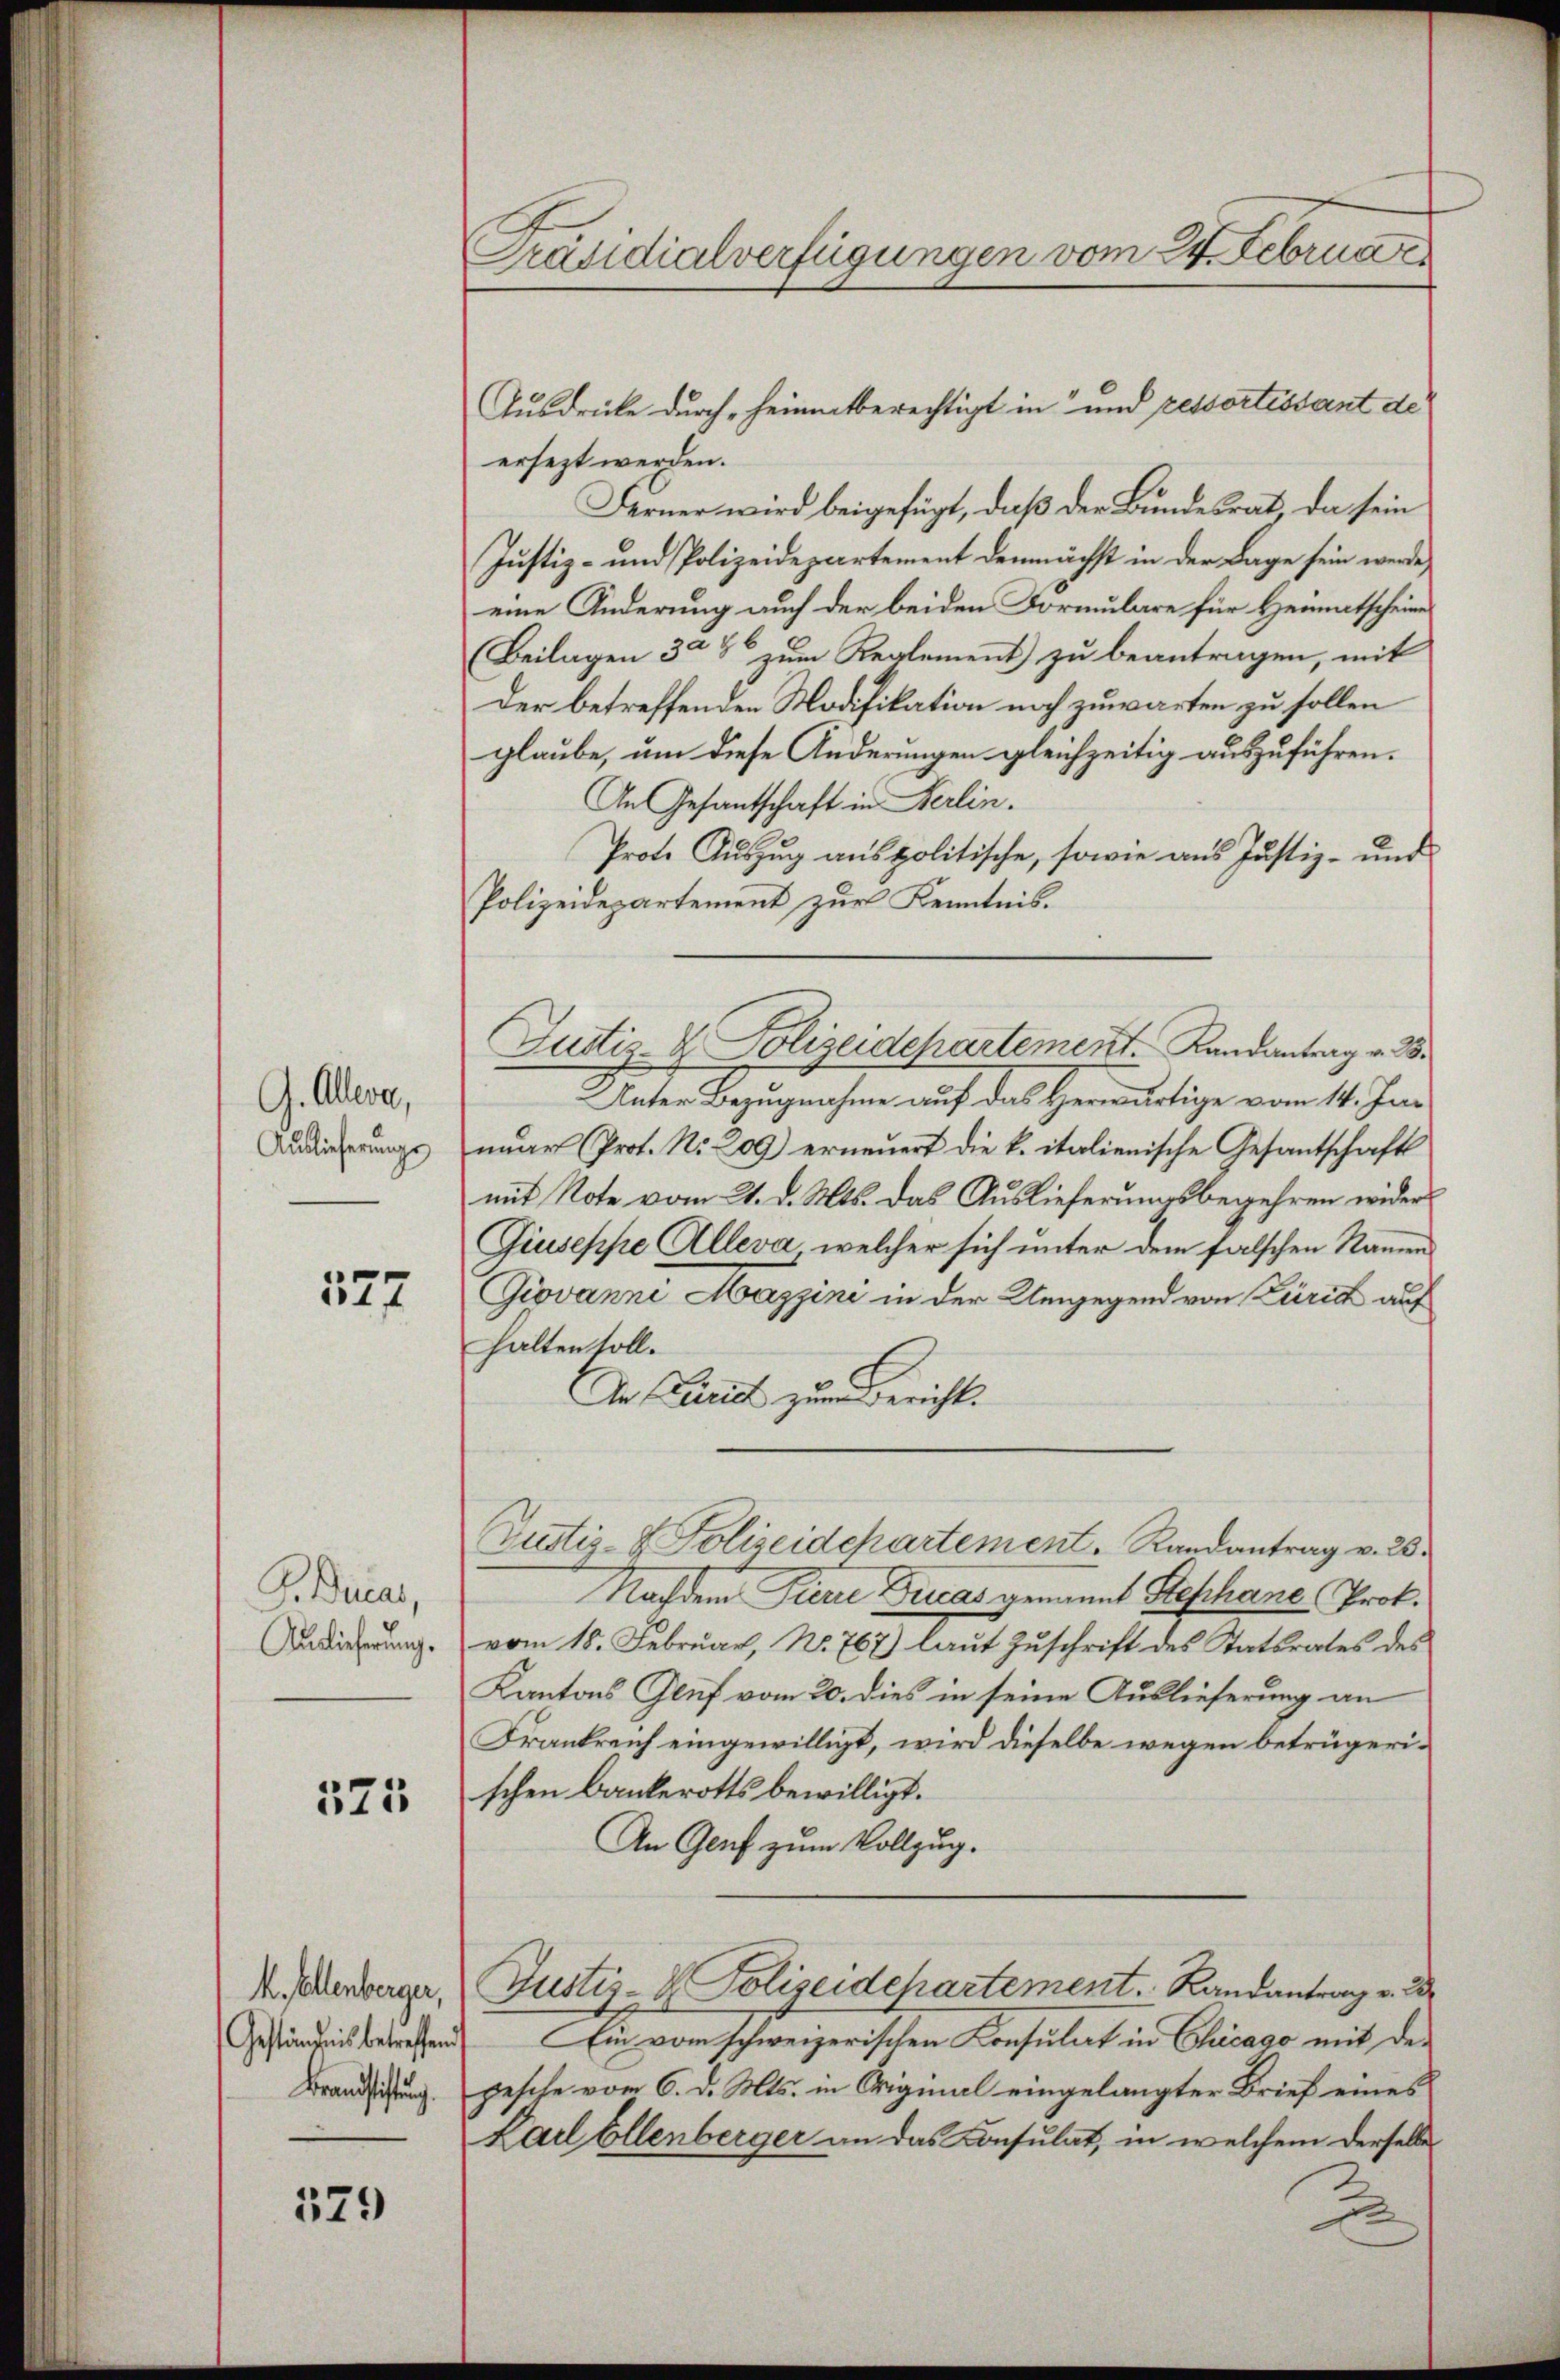
G. Allerer,
Auslieferungs

127

G. Ducar,
Auslieferung.

375

k. Ellenberger,
Geständnis betreffend
Brandstiftung.

329

Präsidialverfügungen vom 24. Februar

Ausdrücke durch heimatberechtigt in und ressortissant de
ersezt werden.
Ferner wird beigefügt, daß der Bundesrat da sein
Justiz- und Polizeidepartement demnächst in der Lage sein werde,
eine Änderung auch der beiden Formulare für Heimatscheine
(Beilagen 30% zum Reglement zu beantragen, mit
Der betreffenden Modifikation noch zuwarten zu sollen
glaube, um diese Änderungen gleichzeitig auszuführen.
An Gesantschaft in Berlin.
Prote Auszug aus politische, sowie aus Justiz- und
Polizeidepartement zur Kenntnis.
Justiz & Polizeidchartement. Landantrag v. 28
Unter Bezugnahme auf das Herwärtige vom 14. Jun
nuar (Prot. No. 209) erneuert die k. italienische Gesantschafts
mit Note vom 21. d. Mts. das Auslieferungsbegehren wider
Giuseppe Alleva, welcher sich unter dem falschen Namen
Giovanni Mazzini in der Umgegend von Zürich auf
halten soll.
An Curiet zum Bericht.
Justiz- & Polizeidchartement. Randantrag v. 23.
Nachdem Pierre Drias genannt Stephane, Prof.
vom 18. Februar, No. 767) laŭt Zŭschrift des Statsrates des
Kantons Gluf vom 20. dies in seine Auslieferung an
Frankreich eingewilligt, wird dieselbe wegen betrügerischen Bankerotts bewilligt.
An Genf zum Vollzug.
Justiz- & Polizeidchartement. Randantrag v. 2
Ein vom schweizerischen Konsulat in Chicago mit depesche vom 6. d. Mts. in Original eingelangter Brief eines
Karl Ellenberger an das Konsulat, in welchem derselbe
2